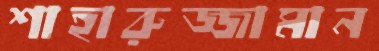
শাহারুজ্জামান